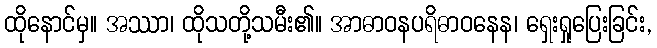
ထိုနောင်မှ။ အဿာ၊ ထိုသတို့သမီး၏။ အာဓာဝနပရိဓာဝနေန၊ ရှေးရှုပြေးခြင်း,